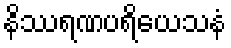
နိဿရဏပရိယေသနံ